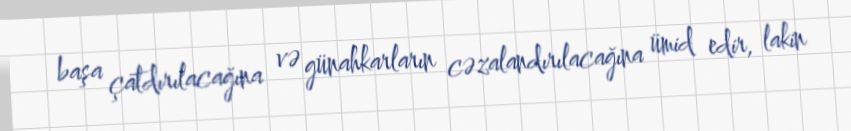
başa çatdırılacağına və günahkarların cəzalandırılacağına ümid edir, lakin